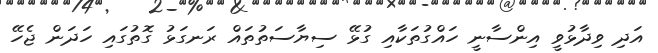
އަދި ވިދާޅުވީ އިންސާނީ ހައްގުތަކާއި ގުޅޭ ސިޔާސަތުތައް ރަނގަޅު ގޮތުގައި ހަދަން ޖެހޭ